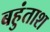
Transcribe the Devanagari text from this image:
बहुंताश